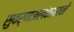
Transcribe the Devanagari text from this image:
सुवर्णअलंकाराने